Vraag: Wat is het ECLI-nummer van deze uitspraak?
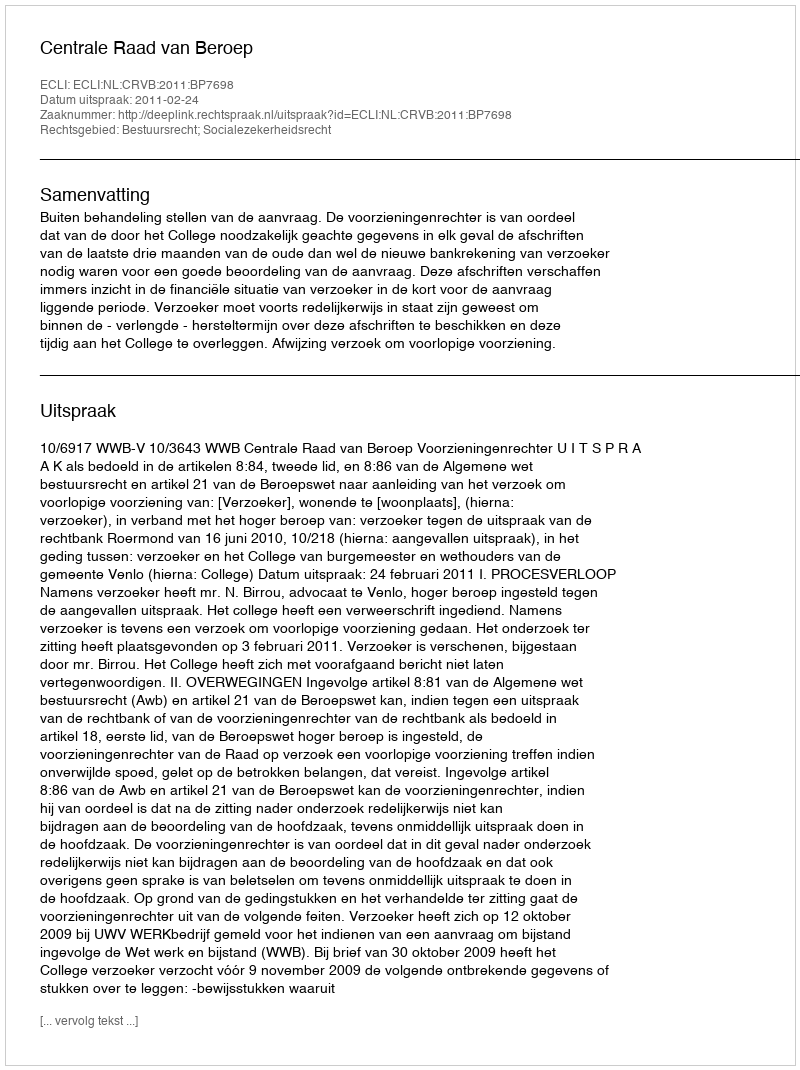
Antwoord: ECLI:NL:CRVB:2011:BP7698